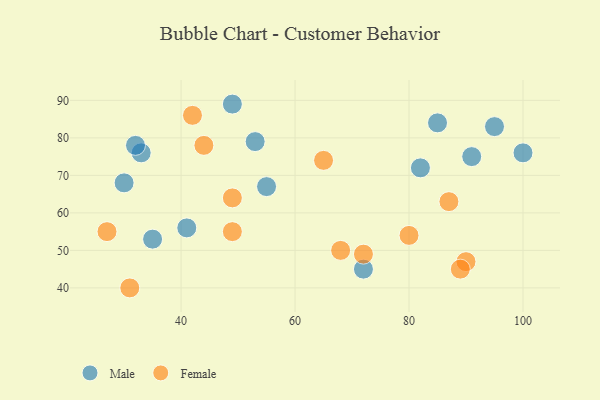
{"axis": {"x": "GDP", "y": "Life Expectancy"}, "legend": ["Female", "Male"], "data": [{"x": "33", "y": 76, "type": "Male"}, {"x": "85", "y": 84, "type": "Male"}, {"x": "41", "y": 56, "type": "Male"}, {"x": "100", "y": 76, "type": "Male"}, {"x": "32", "y": 78, "type": "Male"}, {"x": "53", "y": 79, "type": "Male"}, {"x": "72", "y": 45, "type": "Male"}, {"x": "82", "y": 72, "type": "Male"}, {"x": "35", "y": 53, "type": "Male"}, {"x": "30", "y": 68, "type": "Male"}, {"x": "91", "y": 75, "type": "Male"}, {"x": "55", "y": 67, "type": "Male"}, {"x": "95", "y": 83, "type": "Male"}, {"x": "49", "y": 89, "type": "Male"}, {"x": "90", "y": 47, "type": "Female"}, {"x": "65", "y": 74, "type": "Female"}, {"x": "49", "y": 64, "type": "Female"}, {"x": "31", "y": 40, "type": "Female"}, {"x": "80", "y": 54, "type": "Female"}, {"x": "49", "y": 55, "type": "Female"}, {"x": "44", "y": 78, "type": "Female"}, {"x": "27", "y": 55, "type": "Female"}, {"x": "89", "y": 45, "type": "Female"}, {"x": "72", "y": 49, "type": "Female"}, {"x": "42", "y": 86, "type": "Female"}, {"x": "68", "y": 50, "type": "Female"}, {"x": "87", "y": 63, "type": "Female"}]}